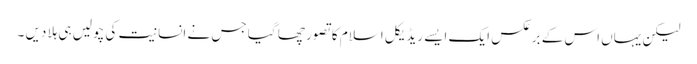
لیکن یہاں اس کے برعکس ایک ایسے ریڈیکل اسلام کا تصور چھا گیا جس نے انسانیت کی چولیں ہی ہلا دیں ۔